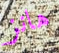
هانز